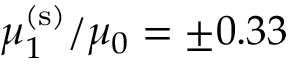
\mu _ { 1 } ^ { \mathrm { ( s ) } } / \mu _ { 0 } = \pm 0 . 3 3